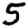
Digit: 5